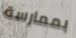
بممارسة